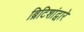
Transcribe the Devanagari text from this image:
ब्रिटिशांद्वारे